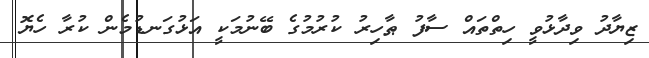
ޒިޔާދު ވިދާޅުވީ ހިތްތައް ސާފު ޠާހިރު ކުރުމުގެ ބޭނުމަކީ އަޅުގަނޑުމެން ކުރާ ހެޔޮ